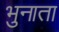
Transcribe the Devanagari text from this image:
भुनाता